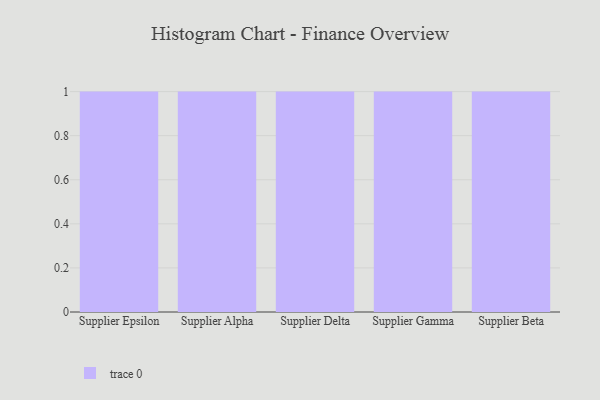
{"axis": {"x": "Supplier", "y": "Tickets Resolved"}, "legend": [""], "data": [{"x": "Supplier Epsilon", "y": 64, "type": ""}, {"x": "Supplier Alpha", "y": 86, "type": ""}, {"x": "Supplier Delta", "y": 48, "type": ""}, {"x": "Supplier Gamma", "y": 68, "type": ""}, {"x": "Supplier Beta", "y": 71, "type": ""}]}